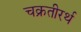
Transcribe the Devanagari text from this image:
चक्रतीरर्थ